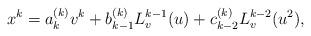
LaTeX: \begin{align*} x^k=a_k^{(k)} v^k+b_{k-1}^{(k)}L_v^{k-1}(u)+c_{k-2}^{(k)} L_v^{k-2}(u^2),\end{align*}